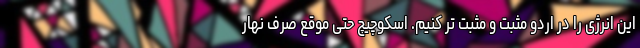
این انرژی را در اردو مثبت و مثبت تر کنیم. اسکوچیچ حتی موقع صرف نهار